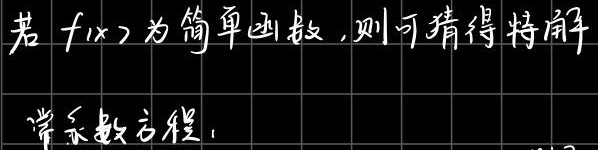
若$f(x)$为简单函数，则可猜得特解
常系数方程：